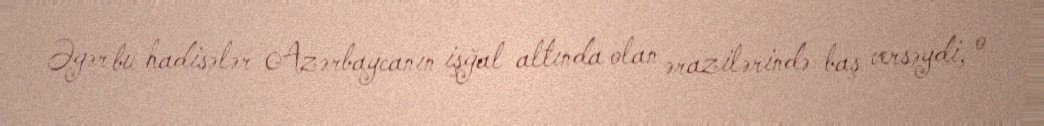
Əgər bu hadisələr Azərbaycanın işğal altında olan ərazilərində baş versəydi, o